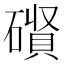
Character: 𮁃